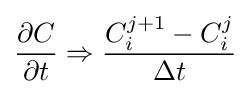
{\frac {\partial C}{\partial t}}\Rightarrow {\frac {C_{i}^{j+1}-C_{i}^{j}}{\Delta t}}